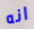
انه